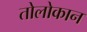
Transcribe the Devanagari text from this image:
तोलोकान